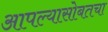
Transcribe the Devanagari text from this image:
आपल्यासोबतचा